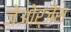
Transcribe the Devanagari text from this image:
जेओर्जेस